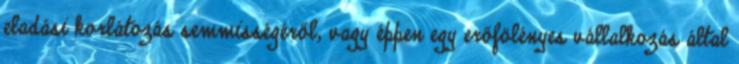
eladási korlátozás semmisségéről, vagy éppen egy erőfölényes vállalkozás által